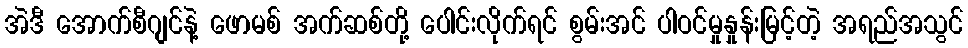
အဲဒီ အောက်စီဂျင်နဲ့ ဖောမစ် အက်ဆစ်တို့ ပေါင်းလိုက်ရင် စွမ်းအင် ပါဝင်မှုနှုန်းမြင့်တဲ့ အရည်အသွင်